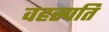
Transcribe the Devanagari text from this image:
वहस्पति